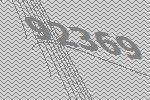
92369